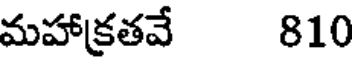
మహాక్రతవే 810